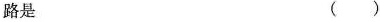
路是 ( )